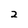
Character: 2